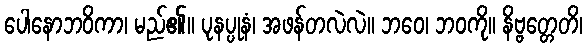
ပေါနောဘဝိကာ၊ မည်၏။ ပုနပ္ပုနံ၊ အဖန်တလဲလဲ။ ဘဝေ၊ ဘဝကို။ နိဗ္ဗတ္တေတိ၊